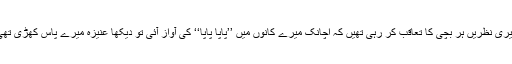
میری نظریں ہر بچی کا تعاقب کر رہی تھیں کہ اچانک میرے کانوں میں ’’پاپا پاپا‘‘ کی آواز آئی تو دیکھا عنیزہ میرے پاس کھڑی تھی۔